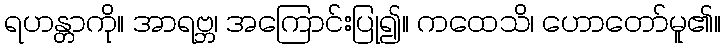
ရဟန္တာကို။ အာရဗ္ဘ၊ အကြောင်းပြု၍။ ကထေသိ၊ ဟောတော်မူ၏။